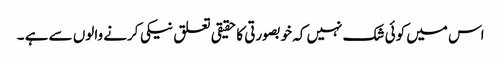
اس میں کوئی شک نہیں کہ خوبصورتی کا حقیقی تعلق نیکی کرنے والوں سے ہے ۔